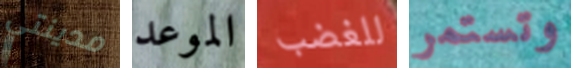
مدينتي الموعد للغضب وتستمر